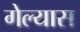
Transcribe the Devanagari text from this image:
गेल्‍यास